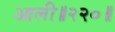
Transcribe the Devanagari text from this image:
आली॥२२०॥